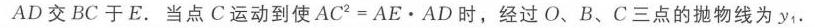
$AD$交$BC$于$E$. 当点$C$运动到使$AC^{2}=AE\cdot AD$时，经过$O、B、C$三点的抛物线为$y_{1}$.